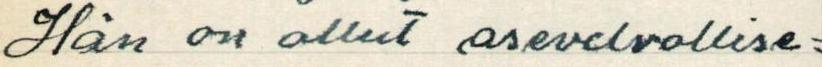
Hän on ollut asevelvollise=